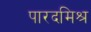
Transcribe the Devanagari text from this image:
पारदमिश्र